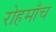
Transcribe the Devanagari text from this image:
रोहमाँच